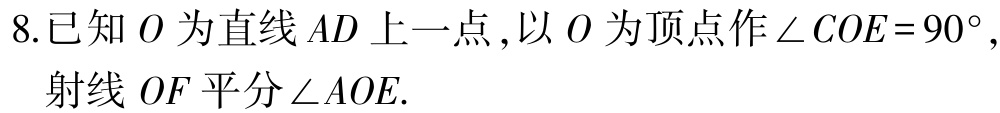
8.已知 \(O\) 为直线 \(AD\) 上一点，以 \(O\) 为顶点作 \(\angle COE = 90^{\circ}\)，射线 \(OF\) 平分 \(\angle AOE\).